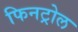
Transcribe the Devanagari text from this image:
फिनट्रोल